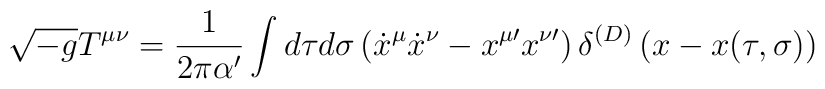
\sqrt {-g} T^{\mu\nu} = \frac{1}{2\pi\alpha^{\prime}}\int d\tau d\sigma \left ( {\dot x}^{\mu}{\dot x}^{\nu}- x^{\mu\prime}x^{\nu \prime} \right ) \delta^{(D)} \left ( x - x(\tau, \sigma)\right )